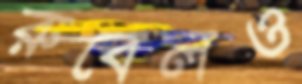
রুবেলও